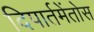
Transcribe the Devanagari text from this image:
दिपार्तमेंतोस